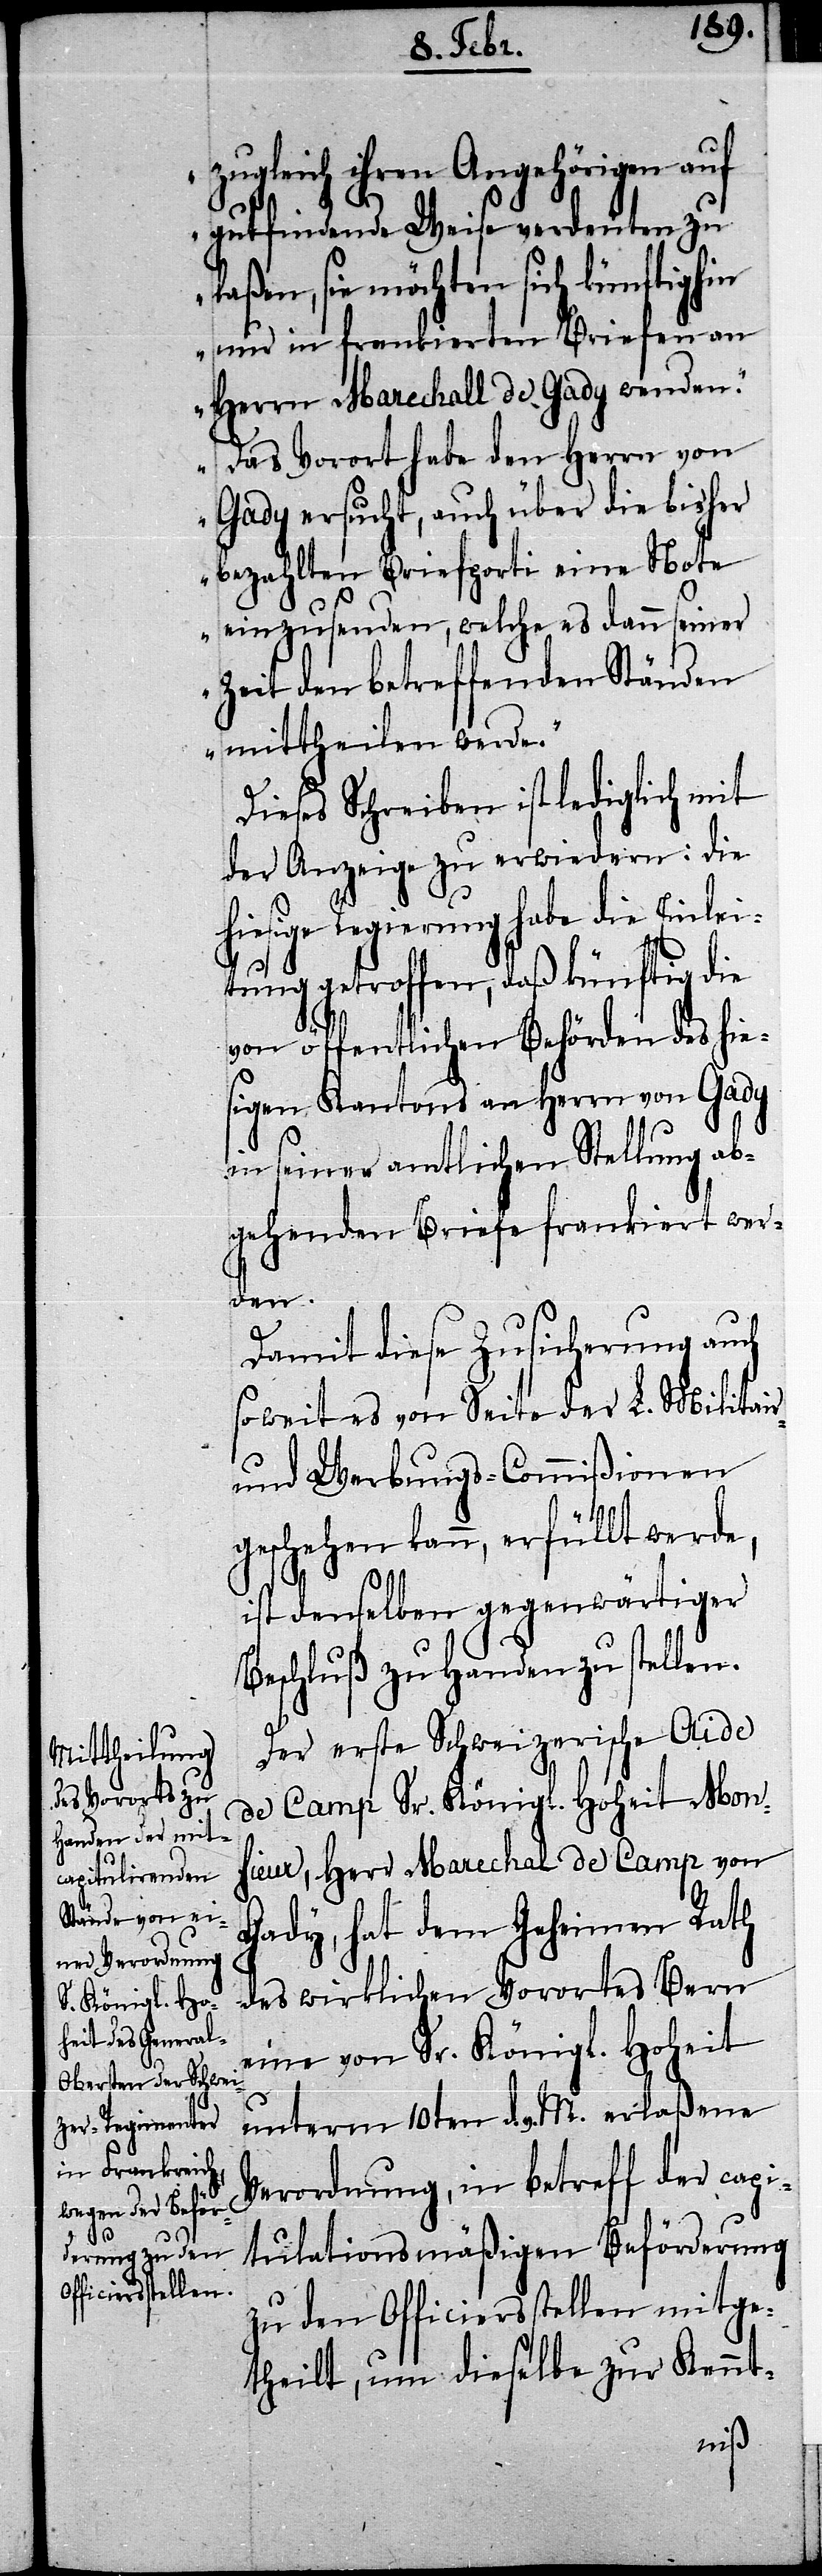
h¬

zugleich ihren Angehörigen auf
gutfindende Weise verdeuten zu
laßen, sie möchten sich künftighin
nur in frankierten Briefen an
Herrn Marechall de Gady wenden.“
„Das Vorort habe den Herrn von
Gady ersucht, auch über die bisher
bezahlten Briefporti eine Note
einzusenden, welche es dann seiner
Zeit den betreffenden Ständen
mittheilen werde.“
Dieses Schreiben ist lediglich mit
der Anzeige zu erwiedern: die
iesige Regierung habe die Einle¬
itung getroffen, daß künftig die
von öffentlichen Behörden des hie¬
sigen Kantons an Herrn von Gady
in seiner amtlichen Stellung ab¬
gehenden Briefe frankiert wer¬
den.
Damit diese Zusicherung auch
soweit es von Seite der L. Militair-
und Werbungs-Commißionen
geschehen kann, erfüllt werde,
ist denselben gegenwärtiger
Beschluß zu Handen zu stellen.
Der erste Schweizerische Aide
de Camp Sr. Königl. Hoheit Mon¬
sieur, Herr Marechal de Camp von
Gady, hat dem Geheimen Rath
des wirklichen Vorortes Bern
eine von Sr. Königl. Hoheit
unterm 10ten d. v. M. erlaßene
Verordnung, in betreff der capi¬
tulationsmäßigen Beförderung
zu den Officiersstellen mitge¬
theilt, um dieselbe zur Kennt-